Calcutta medical institutions reports 1871-78
Year: 1871
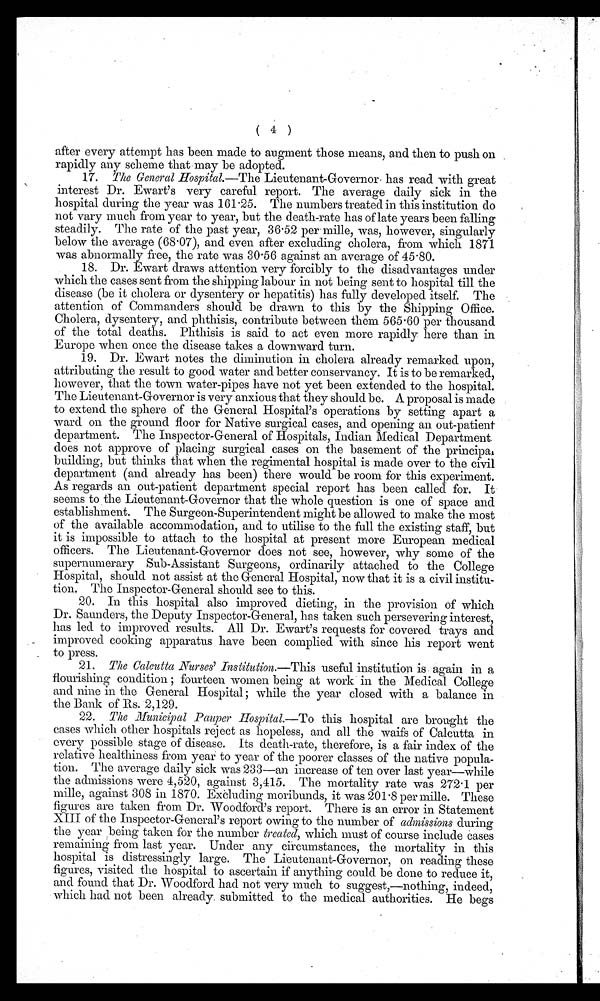
( 4 )
after every attempt has been made to augment those means, and then to push on
rapidly any scheme that may be adopted.
17. The General Hospital.—The Lieutenant-Governor has read with great
interest Dr. Ewart's very careful report. The average daily sick in the
hospital during the year was 161.25. The numbers treated in this institution do
not vary much from year to year, but the death-rate has of late years been falling
steadily. The rate of the past year, 36.52 per mille, was, however, singularly
below the average (68.07), and even after excluding cholera, from which 1871
was abnormally free, the rate was 30.56 against an average of 45.80.
18. Dr. Ewart draws attention very forcibly to the disadvantages under
which the cases sent from the shipping labour in not being sent to hospital till the
disease (be it cholera or dysentery or hepatitis) has fully developed itself. The
attention of Commanders should be drawn to this by the Shipping Office.
Cholera, dysentery, and phthisis, contribute between them 565.60 per thousand
of the total deaths. Phthisis is said to act even more rapidly here than in
Europe when once the disease takes a downward turn.
19. Dr. Ewart notes the diminution in cholera already remarked upon,
attributing the result to good water and better conservancy. It is to be remarked,
however, that the town water-pipes have not yet been extended to the hospital.
The Lieutenant-Governor is very anxious that they should be. A proposal is made
to extend the sphere of the General Hospital's operations by setting apart a
ward on the ground floor for Native surgical cases, and opening an out-patient
department. The Inspector-General of Hospitals, Indian Medical Department
does not approve of placing surgical cases on the basement of the principal
building, but thinks that when the regimental hospital is made over to the civil
department (and already has been) there would be room for this experiment.
As regards an out-patient department special report has been called for. It
seems to the Lieutenant-Governor that the whole question is one of space and
establishment. The Surgeon-Superintendent might be allowed to make the most
of the available accommodation, and to utilise to the full the existing staff, but
it is impossible to attach to the hospital at present more European medical
officers. The Lieutenant-Governor does not see, however, why some of the
supernumerary Sub-Assistant Surgeons, ordinarily attached to the College
Hospital, should not assist at the General Hospital, now that it is a civil institu-
tion. The Inspector-General should see to this.
20. In this hospital also improved dieting, in the provision of which
Dr. Saunders, the Deputy Inspector-General, has taken such persevering interest,
has led to improved results. All Dr. Ewart's requests for covered trays and
improved cooking apparatus have been complied with since his report went
to press.
21. The Calcutta Nurses' Institution .—This useful institution is again in a
f l our i shi ng condi t i on ; f our t een women bei ng at wor k i n t he Medi cal Col l ege
and nine in the General Hospital; while the year closed with a balance in
the Bank of Rs. 2,129.
22. The Municipal Pauper Hospital.—To this hospital are brought the
cases which other hospitals reject as hopeless, and all the waifs of Calcutta in
every possible stage of disease. Its death-rate, therefore, is a fair index of the
relative healthiness from year to year of the poorer classes of the native popula-
tion. The average daily sick was 233—an increase of ten over last year—while
the admissions were 4,520, against 3,415. The mortality rate was 272.1 per
mille, against 308 in 1870. Excluding moribunds, it was 201.8 per mille. These
figures are taken from Dr. Woodford's report. There is an error in Statement
XIII of the Inspector-General's report owing to the number of admissions during
the year being taken for the number treated, which must of course include cases
remaining from last year. Under any circumstances, the mortality in this
hospital is distressingly large. The Lieutenant-Governor, on reading these
figures, visited the hospital to ascertain if anything could be done to reduce it,
and found that Dr. Woodford had not very much to suggest,—nothing, indeed,
which had not been already submitted to the medical authorities. He begs